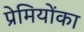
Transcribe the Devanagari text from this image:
प्रेमियोंका